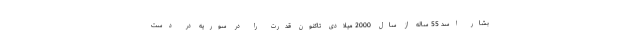
بشار اسد 55 ساله از سال 2000 میلادی تاکنون قدرت را در سوریه در دست